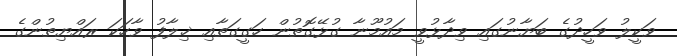
ވަކީލު ވަހީދުގެ ބަޔާނުގައި ވިދާޅުވީ މައުމޫނާ ގުޅޭގޮތުން ހަގީގަތާއި ޚިލާފު ވާހަކަ ރައްޔިތުންގެ